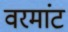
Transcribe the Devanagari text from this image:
वरमांट